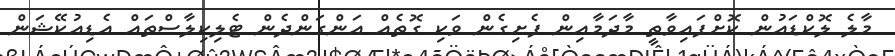
މާލެ ލޮކްޑައުން ކޮށްފައިވާތީ މާދަމާއިން ފެށިގެން ވަކި ގޮތެއް އަންގަންދެން ޓެލިކިލާސްތައް އެޑިއުކޭޝަން